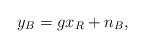
LaTeX: \begin{align*}y_{B} =g x_R + n_B,\end{align*}